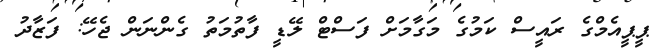
ޕީޕީއެމްގެ ރައީސް ކަމުގެ މަގާމަށް ފަސްޓް ލޭޑީ ފާތުމަތު ގެންނަން ޖެހޭ: ފަޒާދު